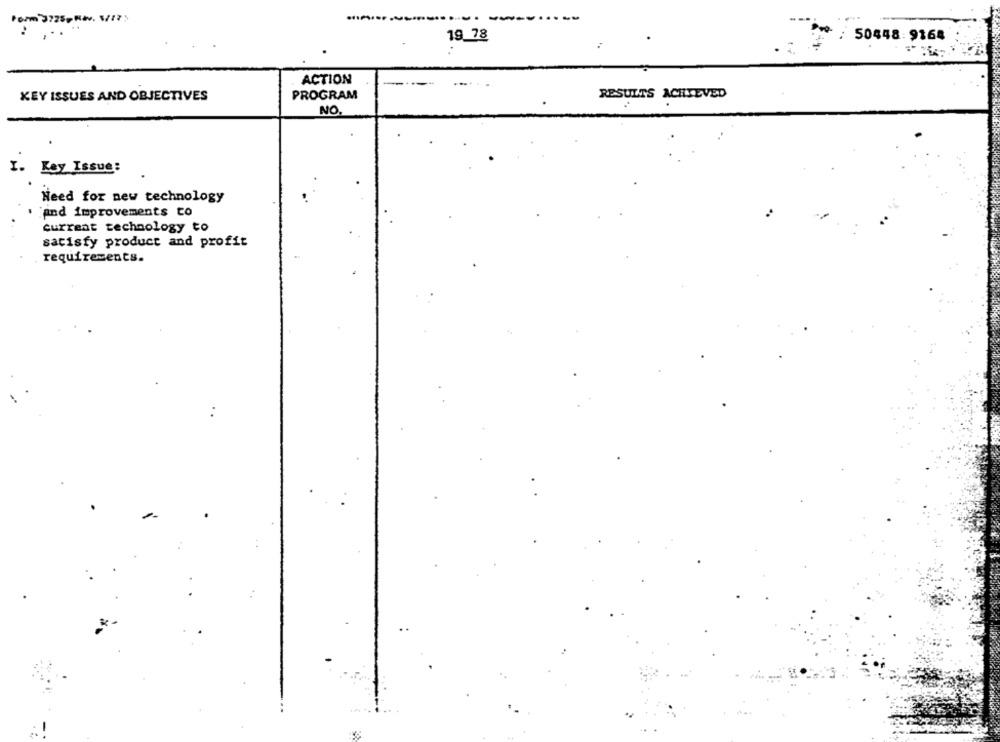
Porm 3725-Rev. 1/17:
50448:9168
19 78
ACTION
KEY ISSUES AND OBJECTIVES
PROGRAM
RESULTS ACHIEVED
NO.
I. Key Issue:
Need for new technology
and improvements to
current technology to
satisfy product and profit
requirements.